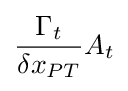
{\frac {\Gamma _{t}}{\delta x_{PT}}}A_{t}